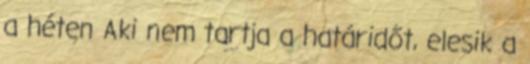
a héten Aki nem tartja a határidőt, elesik a